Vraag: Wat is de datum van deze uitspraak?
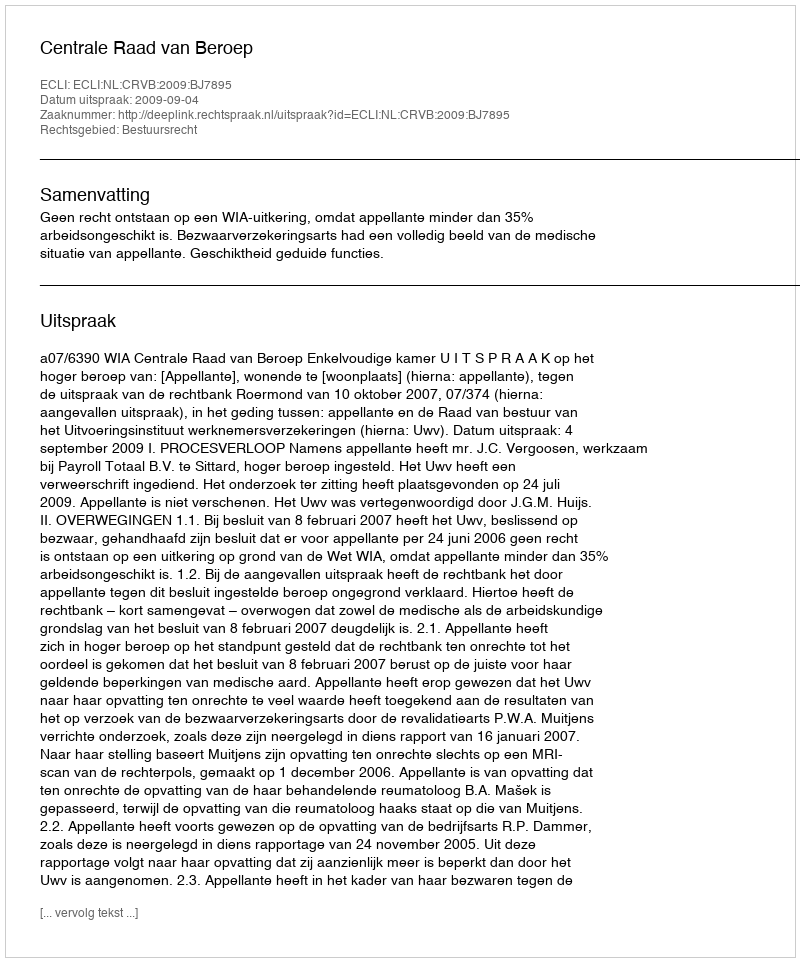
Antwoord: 2009-09-04